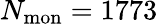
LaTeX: N_{\mathrm{mon}}=1773